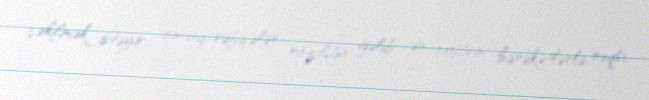
çəkilmək istəyir, ancaq rəfiqələr razılığa gəlib şən, coşğun hərəkətlərlə rəqsi